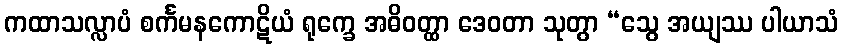
ကထာသလ္လာပံ စင်္ကမနကောဋိယံ ရုက္ခေ အဓိဝတ္ထာ ဒေဝတာ သုတွာ “သွေ အယျဿ ပါယာသံ